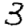
Digit: 3